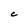
Character: C